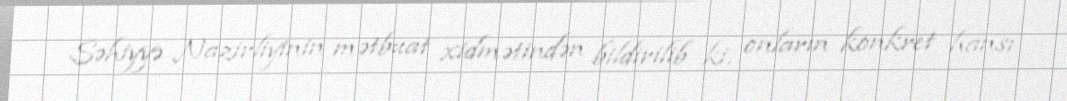
Səhiyyə Nazirliyinin mətbuat xidmətindən bildirilib ki, onların konkret hansı